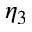
\eta _ { 3 }